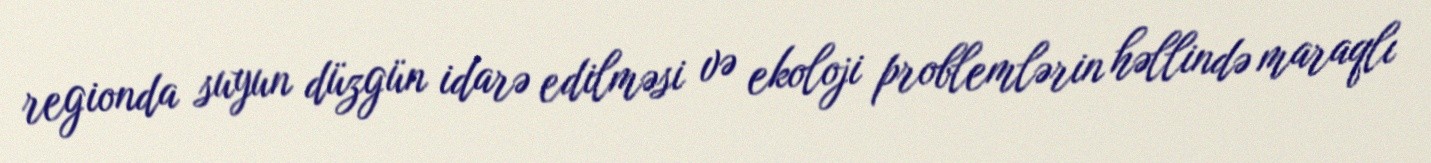
regionda suyun düzgün idarə edilməsi və ekoloji problemlərin həllində maraqlı